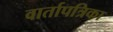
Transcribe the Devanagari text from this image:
वार्तापत्रिका